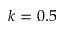
k = 0 . 5